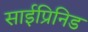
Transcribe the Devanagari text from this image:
साईप्रिनिड